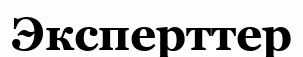
Эксперттер